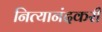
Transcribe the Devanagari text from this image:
नित्यानंदकरी